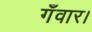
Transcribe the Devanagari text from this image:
गँवार।